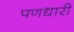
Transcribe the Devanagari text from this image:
पणधारी